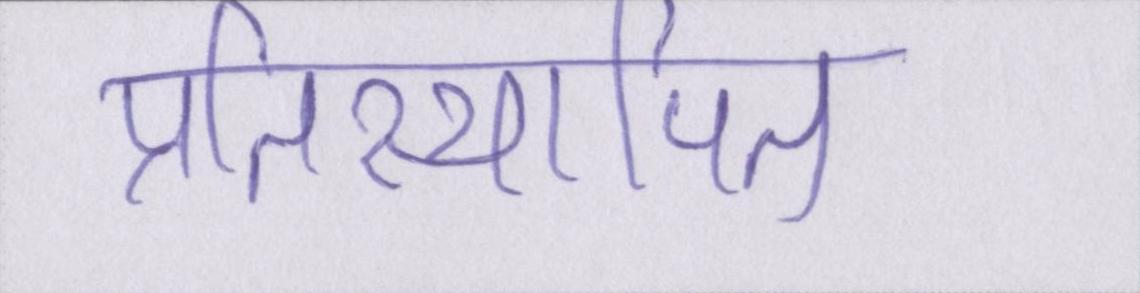
प्रतिस्थापित